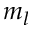
m _ { l }